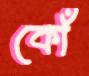
কোঁ